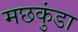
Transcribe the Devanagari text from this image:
मछकुंडा